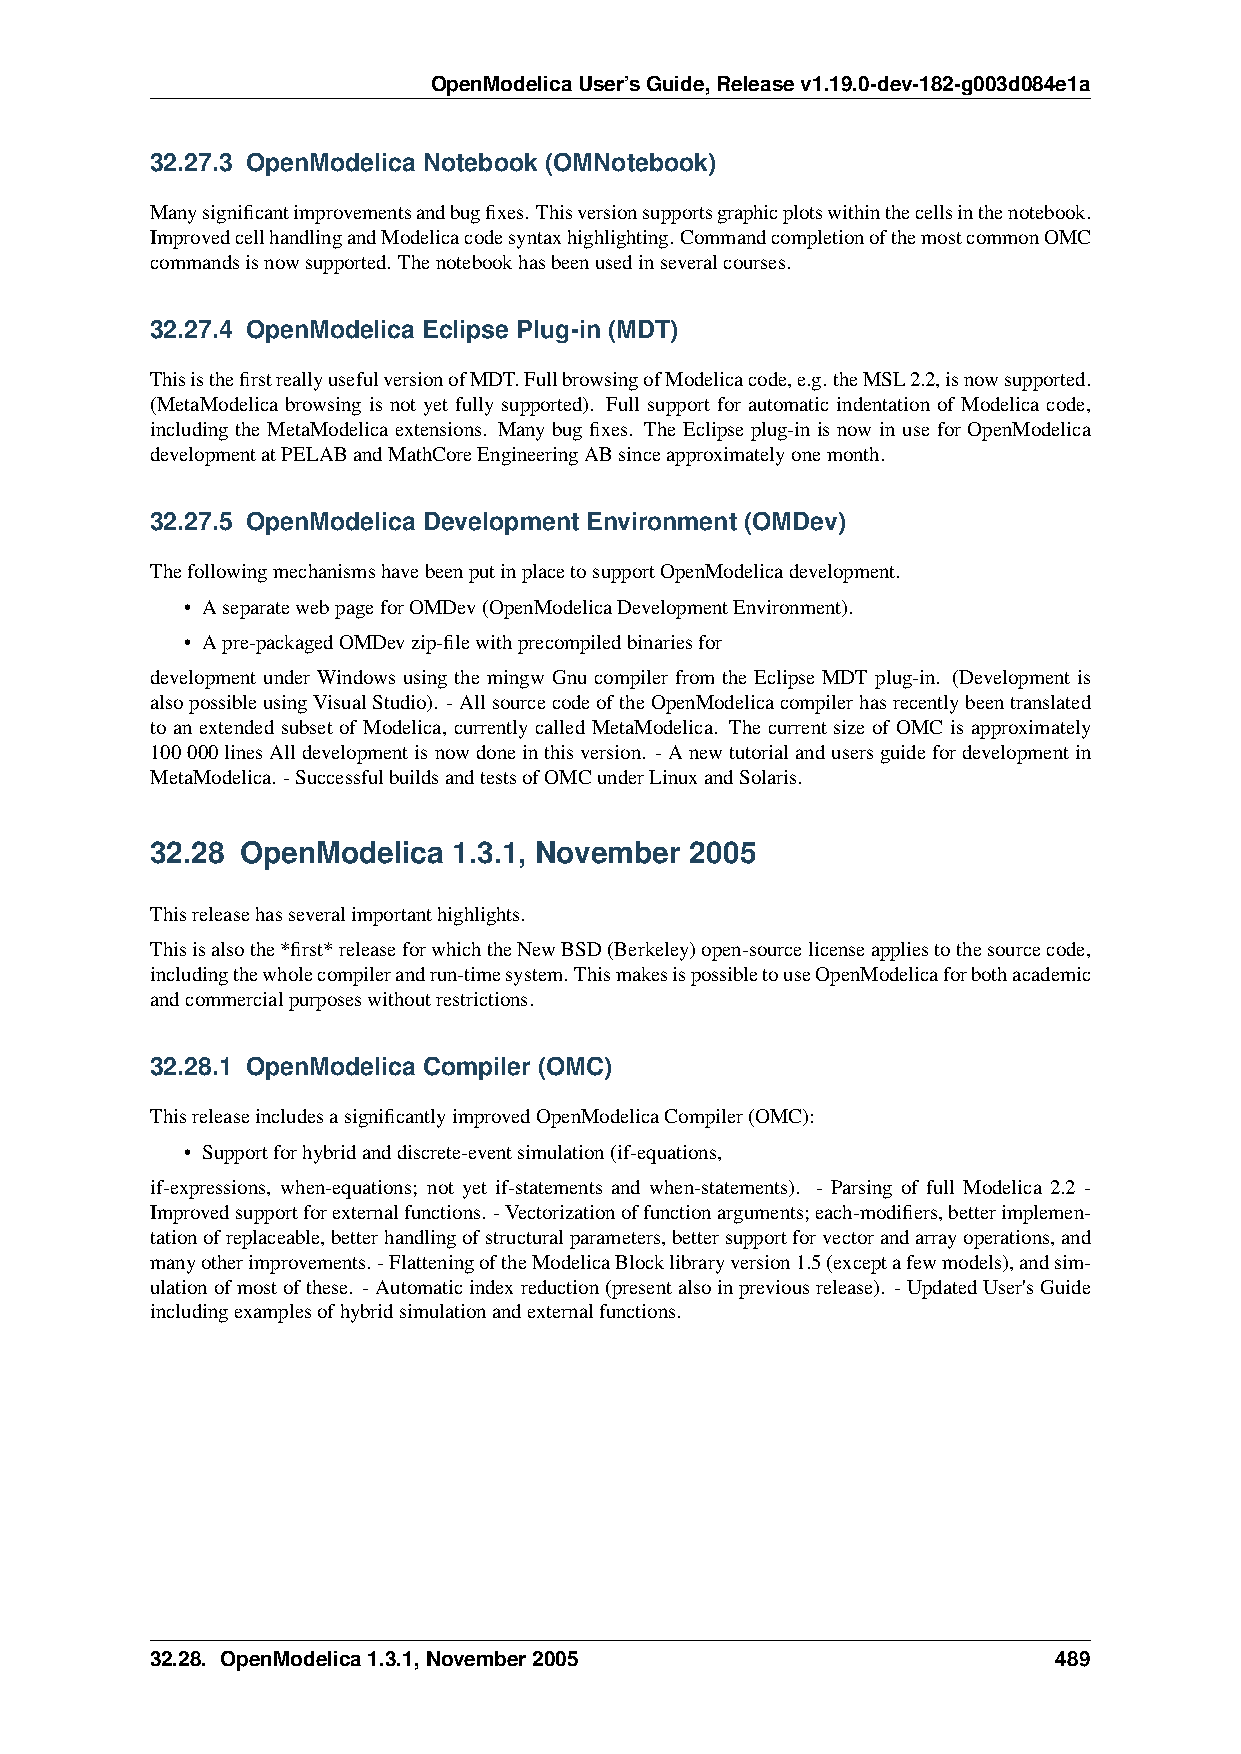
OpenModelicaUser’sGuide,Releasev1.19.0-dev-182-g003d084e1a
 32.27.3 OpenModelica Notebook (OMNotebook)
 Manysignificantimprovementsandbugfixes.Thisversionsupportsgraphicplotswithinthecellsinthenotebook.
 ImprovedcellhandlingandModelicacodesyntaxhighlighting.CommandcompletionofthemostcommonOMC
 commandsisnowsupported. Thenotebookhasbeenusedinseveralcourses.
 32.27.4 OpenModelica Eclipse Plug-in (MDT)
 ThisisthefirstreallyusefulversionofMDT.FullbrowsingofModelicacode,e.g.theMSL2.2,isnowsupported.
 (MetaModelica browsing is not yet fully supported). Full support for automatic indentation of Modelica code,
 including the MetaModelica extensions. Many bug fixes. The Eclipse plug-in is now in use for OpenModelica
 developmentatPELABandMathCoreEngineeringABsinceapproximatelyonemonth.
 32.27.5 OpenModelica Development Environment (OMDev)
 ThefollowingmechanismshavebeenputinplacetosupportOpenModelicadevelopment.
 • AseparatewebpageforOMDev(OpenModelicaDevelopmentEnvironment).
 • Apre-packagedOMDevzip-filewithprecompiledbinariesfor
 development under Windows using the mingw Gnu compiler from the Eclipse MDT plug-in. (Development is
 alsopossibleusingVisualStudio). -AllsourcecodeoftheOpenModelicacompilerhasrecentlybeentranslated
 to an extended subset of Modelica, currently called MetaModelica. The current size of OMC is approximately
 100000linesAlldevelopmentisnowdoneinthisversion. -Anewtutorialandusersguidefordevelopmentin
 MetaModelica. -SuccessfulbuildsandtestsofOMCunderLinuxandSolaris.
 32.28 OpenModelica  1.3.1, November 2005
 Thisreleasehasseveralimportanthighlights.
 Thisisalsothe*first*releaseforwhichtheNewBSD(Berkeley)open-sourcelicenseappliestothesourcecode,
 includingthewholecompilerandrun-timesystem.ThismakesispossibletouseOpenModelicaforbothacademic
 andcommercialpurposeswithoutrestrictions.
 32.28.1 OpenModelica Compiler (OMC)
 ThisreleaseincludesasignificantlyimprovedOpenModelicaCompiler(OMC):
 • Supportforhybridanddiscrete-eventsimulation(if-equations,
 if-expressions, when-equations; not yet if-statements and when-statements). - Parsing of full Modelica 2.2 -
 Improvedsupportforexternalfunctions. -Vectorizationoffunctionarguments;each-modifiers,betterimplemen-
 tationofreplaceable,betterhandlingofstructuralparameters,bettersupportforvectorandarrayoperations,and
 manyotherimprovements. -FlatteningoftheModelicaBlocklibraryversion1.5(exceptafewmodels),andsim-
 ulationofmostofthese. -Automaticindexreduction(presentalsoinpreviousrelease). -UpdatedUser'sGuide
 includingexamplesofhybridsimulationandexternalfunctions.
 32.28. OpenModelica1.3.1,November2005                       489